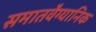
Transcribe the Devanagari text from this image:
समातवैग्यानिक